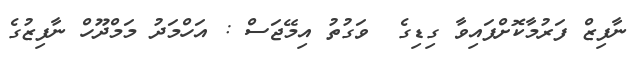
ނާފިޒް ފަރުމާކޮށްފައިވާ ގިޑިގެ  ވަގުތު އިމޭޖަސް : އަހްމަދު މަމްދޫހް ނާފިޒުގެ